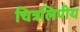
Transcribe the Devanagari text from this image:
चित्रलिपीय